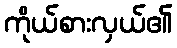
ကိုယ်စားလှယ်၏